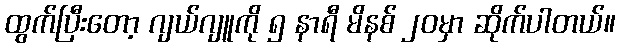
ထွက်ပြီးတော့ ဂျယ်ဂျူကို ၅ နာရီ မိနစ် ၂၀မှာ ဆိုက်ပါတယ်။